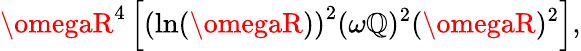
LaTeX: \omegaR^{4}\left[\left(\ln(\omegaR)\right)^{2}(\omega\mathbb{Q})^{2}(\omegaR)^{2}\right],